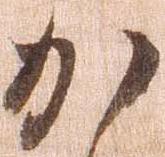
か